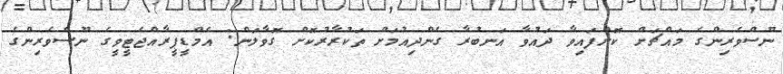
ނޫސްވެރިންގެ މައްޗަށް ކޮށްފައިވާ ދައުވާ އަނބުރާ ގެންދިއުމަށް ތަކުރާރުކޮށް ގޮވާލަން: އެމްޑީޕީރާއްޖެޓީވީގެ ނޫސްވެރިންގެ